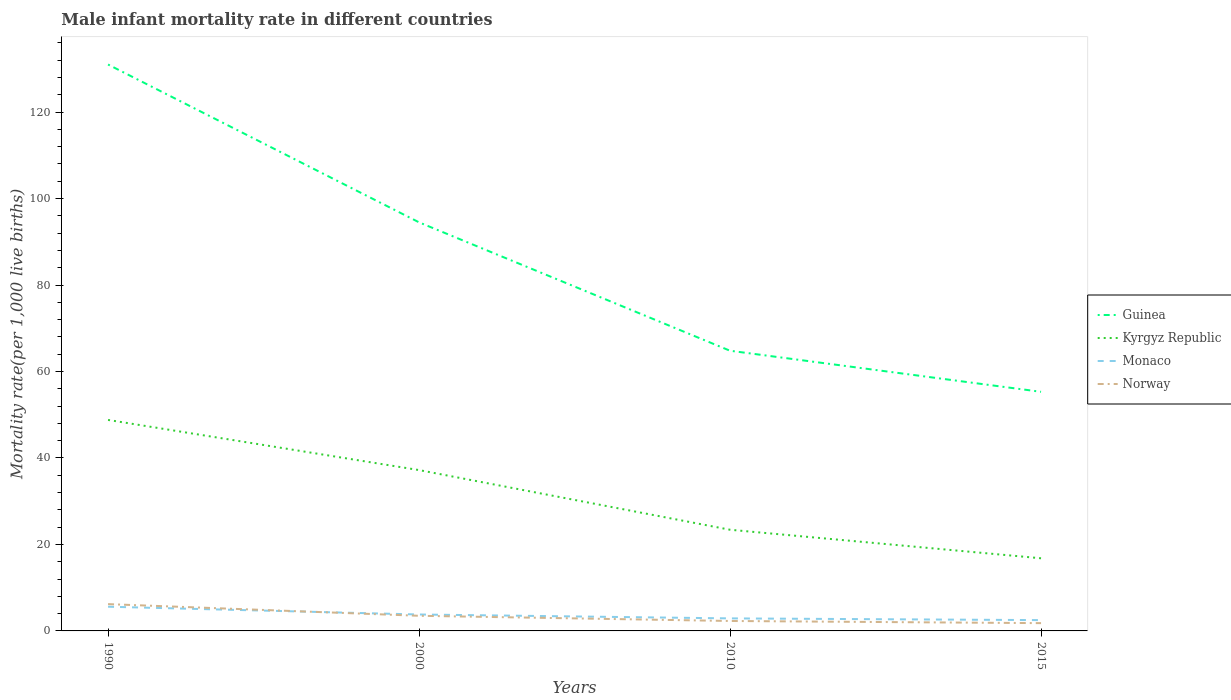
| Years | Guinea | Kyrgyz Republic | Monaco | Norway |
 | --- | --- | --- | --- | --- |
 | 1990 | 131 | 48.8 | 5.6 | 6.2 |
 | 2000 | 94.5 | 37.2 | 3.8 | 3.5 |
 | 2010 | 64.8 | 23.4 | 2.9 | 2.3 |
 | 2015 | 55.3 | 16.8 | 2.5 | 1.8 |